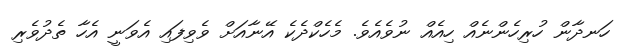
ހަނދާން ހުރިހެންނެއް ހިއެއް ނުވެއެވެ. މެހެކްދެކެ އޭނާއަށް ވެވިފައި އެވަނީ އެހާ ތެދުވެރި